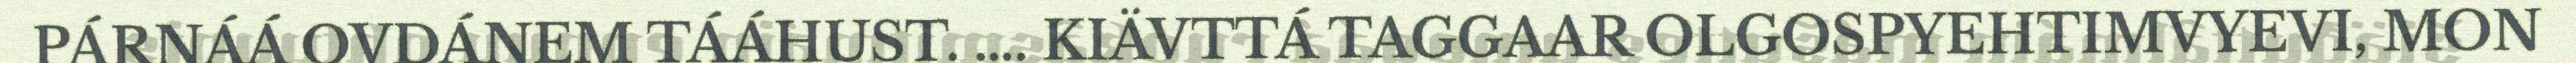
PÁRNÁÁ OVDÁNEM TÁÁHUST. …. KIÄVTTÁ TAGGAAR OLGOSPYEHTIMVYEVI, MON